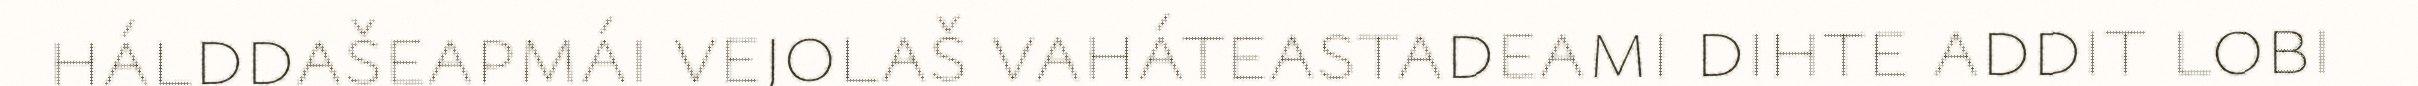
hálddašeapmái vejolaš vaháteastadeami dihte addit lobi